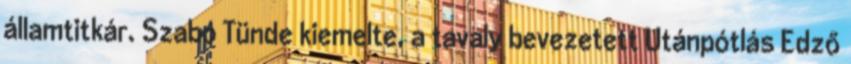
államtitkár. Szabó Tünde kiemelte, a tavaly bevezetett Utánpótlás Edző